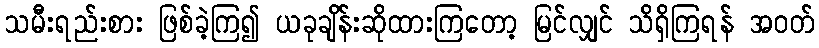
သမီးရည်းစား ဖြစ်ခဲ့ကြ၍ ယခုချိန်းဆိုထားကြတော့ မြင်လျှင် သိရှိကြရန် အဝတ်